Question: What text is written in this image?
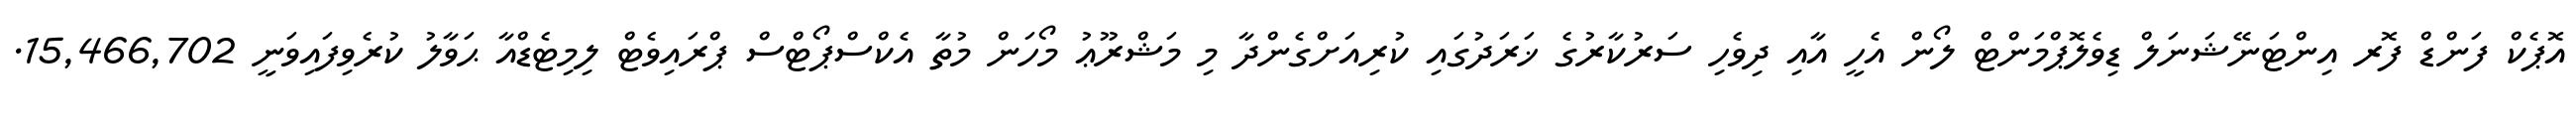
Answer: އޮޕެކް ފަންޑް ފޮރ އިންޓަނޭޝަނަލް ޑިވެލޮޕްމަންޓް ލޯން އެހީ އާއި ދިވެހި ސަރުކާރުގެ ޚަރަދުގައި ކުރިއަށްގެންދާ މި މަޝްރޫޢު މޯހަން މުތާ އެކްސްޕޯޓްސް ޕްރައިވެޓް ލިމިޓެޑްއާ ޙަވާލު ކުރެވިފައިވަނީ 15,466,702.